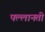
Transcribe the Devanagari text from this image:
पल्लानती